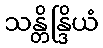
သန္တိန္ဒြိယံ